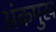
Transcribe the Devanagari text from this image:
अंकमुख